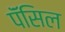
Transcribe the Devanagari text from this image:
पॅंसिल